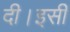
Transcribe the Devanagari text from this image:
दी।इसी